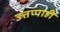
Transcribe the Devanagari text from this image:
उत्तप्पाही